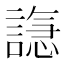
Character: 𫍆